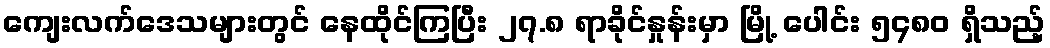
ကျေးလက်ဒေသများတွင် နေထိုင်ကြပြီး ၂၇.၈ ရာခိုင်နှုန်းမှာ မြို့ ပေါင်း ၅၄၈၀ ရှိသည့်